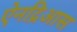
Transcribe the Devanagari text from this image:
ऐनद्रिआस